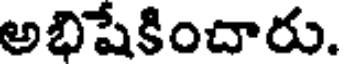
అభిషేకించారు.